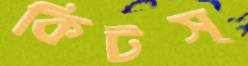
কিটস্